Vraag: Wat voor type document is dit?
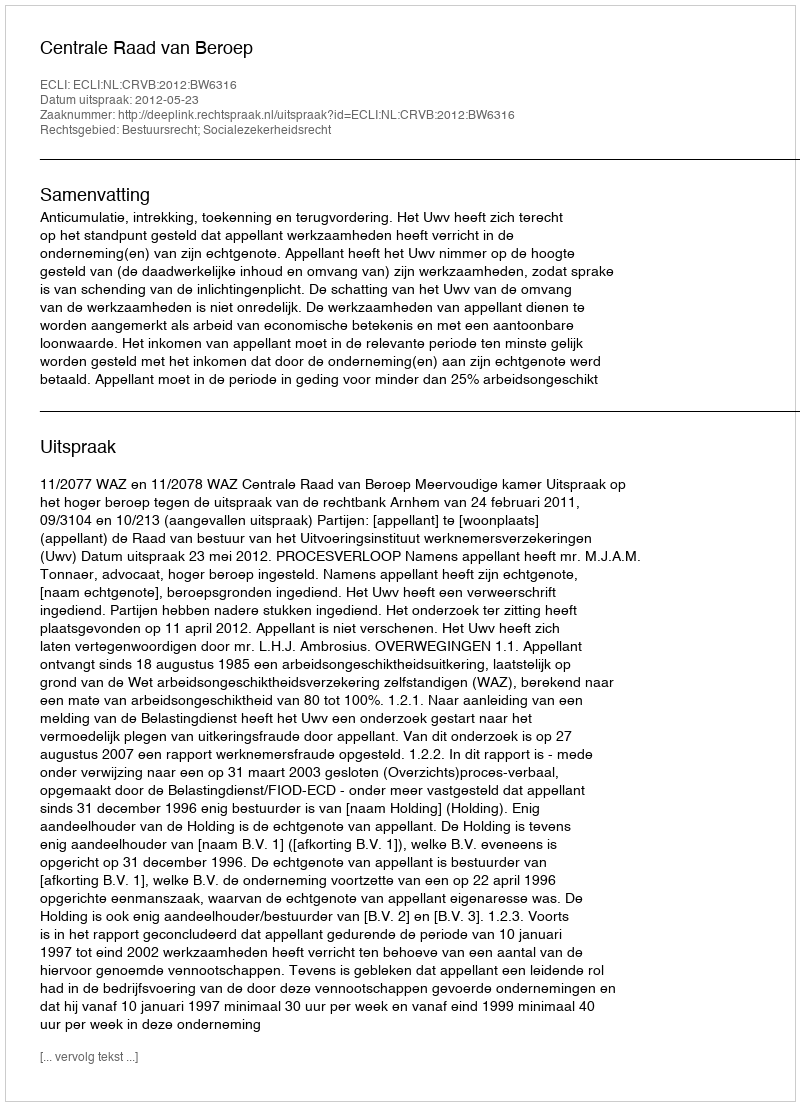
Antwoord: Uitspraak